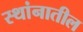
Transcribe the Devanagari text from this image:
स्थांनातील